Regulations for the medical services of the Army of India
Year: 1930
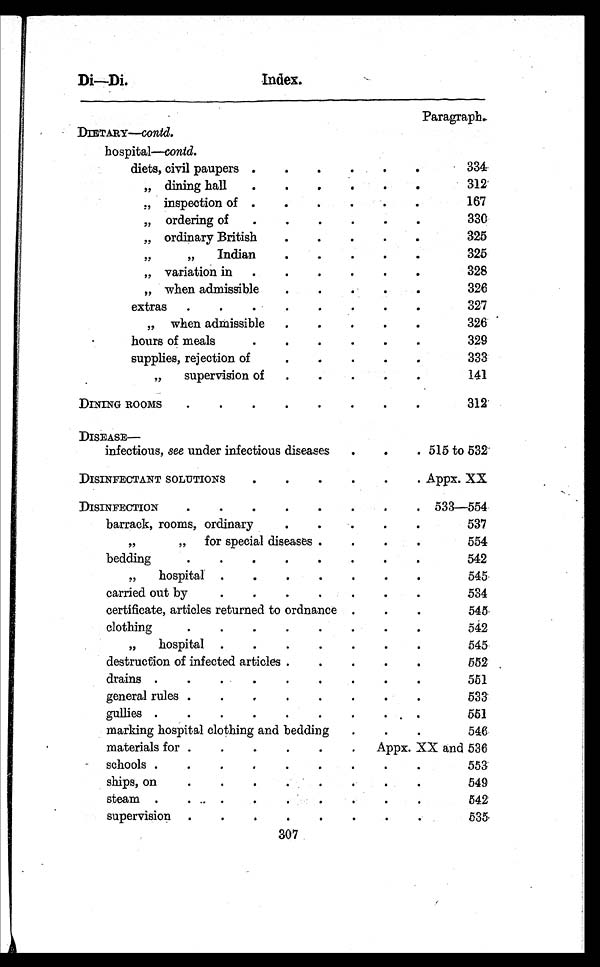
Di—Di.
Index.
Paragraph.
DIETARY—contd.
hospital—contd.
diets, civil paupers .
.
.
.
.
.
334
, , d i n i n g h a l l
.
.
.
.
.
.
312
„ inspection of .
.
.
.
.
.
167
„ ordering of
.
.
.
.
.
.
330
„ ordinary British
.
.
.
.
.
325
,,
„
Indian
.
.
.
.
.
325
„ variation in .
.
.
.
.
.
328
„ when admissible
.
.
.
.
.
326
extras .
.
.
.
.
.
.
.
327
„ when admissible .
.
.
.
.
326
hours of meals
.
.
.
.
.
.
3 2 9
supplies, rejection of
.
.
.
.
.
333
„
supervision of .
.
.
.
.
141
DINING ROOMS
. .
.
.
.
.
.
.
312
DISEASE—
infectious, see under infectious diseases
.
.
. 515 to 532
DISINFECTANT SOLUTIONS
.
.
.
.
.
. Appx. XX.
DISINFECTION
.
.
.
.
.
.
.
. 533-554
barrack, rooms, ordinary
.
.
.
.
.
537
,,
„ for special diseases .
.
.
.
554
bedding
. .
.
.
.
.
.
.
542
,,
hospital .
.
.
.
.
.
.
545
carried out by
.
.
.
.
.
.
.
534
certificate, articles returned to ordnance .
.
.
545
clothing
.
.
.
.
.
.
.
.
542
,,
hospital .
.
.
.
.
.
545
destruction of infected articles .
.
.
.
.
552
drains.
.
. .
.
.
.
.
.
551
general rules
.
.
.
.
.
.
.
533
gullies
.
.
.
.
.
.
.
.
551
marking hospital clothing and bedding
.
.
.
546
materials for
.
.
.
.
. Appx. XX and 536
schools.
.
.
.
.
.
.
.
.
553
ships, on
. .
.
.
.
.
.
.
549
steam .
.
.
.
.
.
.
.
.
542
supervision .
.
.
.
.
.
.
.
535
307